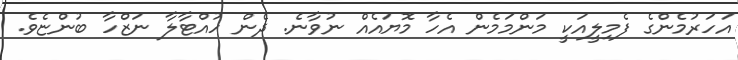
އަހަރުމެންގެ ފެމިލީއަކީ މަންމަމެން އެހާ މޮޔައެއް ނުވާނެ. ދެން ހުއްޓާލާ ނަޒްހާ ބުންޏެވެ.